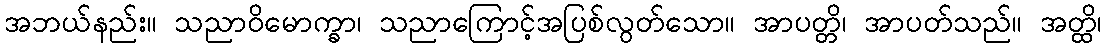
အဘယ်နည်း။ သညာဝိမောက္ခာ၊ သညာကြောင့်အပြစ်လွတ်သော။ အာပတ္တိ၊ အာပတ်သည်။ အတ္ထိ၊